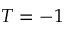
T = - 1